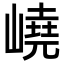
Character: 嶢